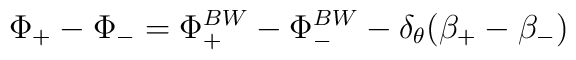
\Phi_+-\Phi_-=\Phi^{BW}_+-\Phi^{BW}_--\delta_\theta (\beta_+-\beta_-)